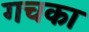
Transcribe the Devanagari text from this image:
गचका